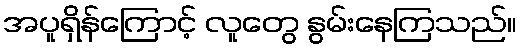
အပူရှိန်ကြောင့် လူတွေ နွမ်းနေကြသည်။